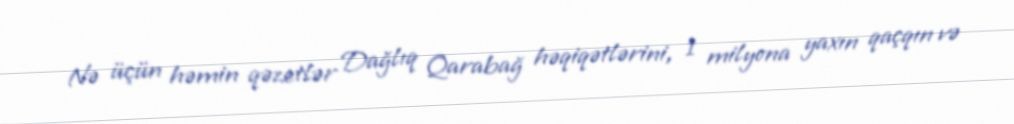
Nə üçün həmin qəzetlər Dağlıq Qarabağ həqiqətlərini, 1 milyona yaxın qaçqın və